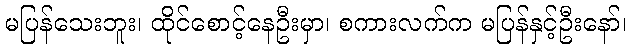
မပြန်သေးဘူး၊ ထိုင်စောင့်နေဦးမှာ၊ စကားလက်က မပြန်နှင့်ဦးနော်၊